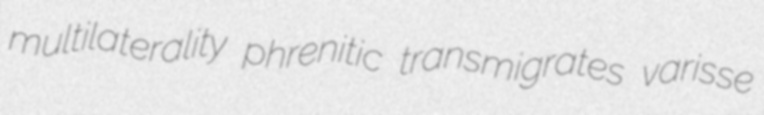
multilaterality phrenitic transmigrates varisse